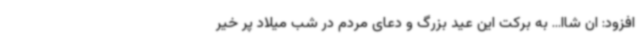
افزود: ان شاا... به برکت این عید بزرگ و دعای مردم در شب میلاد پر خیر